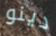
دينو